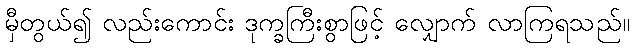
မှီတွယ်၍ လည်းကောင်း ဒုက္ခကြီးစွာဖြင့် လျှောက် လာကြရသည်။